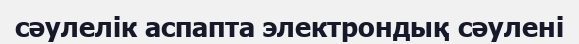
сәулелік аспапта электрондық сәулені